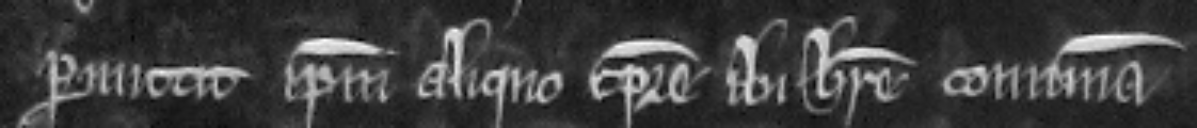
permittit ipsum aliquo tempore ibi habere communam.